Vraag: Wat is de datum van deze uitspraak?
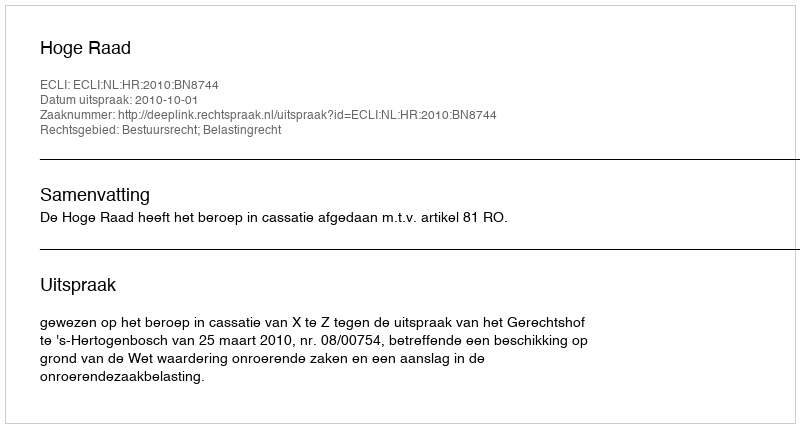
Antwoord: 2010-10-01